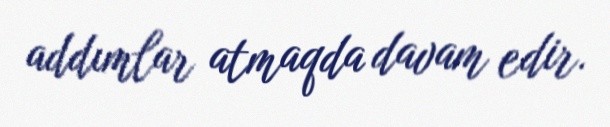
addımlar atmaqda davam edir.